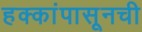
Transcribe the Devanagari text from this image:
हक्कांपासूनची